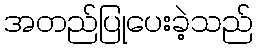
အတည်ပြုပေးခဲ့သည်